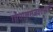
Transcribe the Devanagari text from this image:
गोपालराजवंशावली